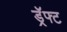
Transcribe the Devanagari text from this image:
ड्रॅफ्ट